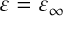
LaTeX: \varepsilon = \varepsilon _ { \infty }